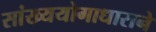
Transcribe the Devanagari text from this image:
सांख्ययोगाधाराने